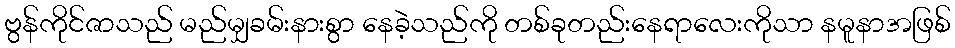
ဗွန်ကိုင်ဇာသည် မည်မျှခမ်းနားစွာ နေခဲ့သည်ကို တစ်ခုတည်းနေရာလေးကိုသာ နမူနာအဖြစ်